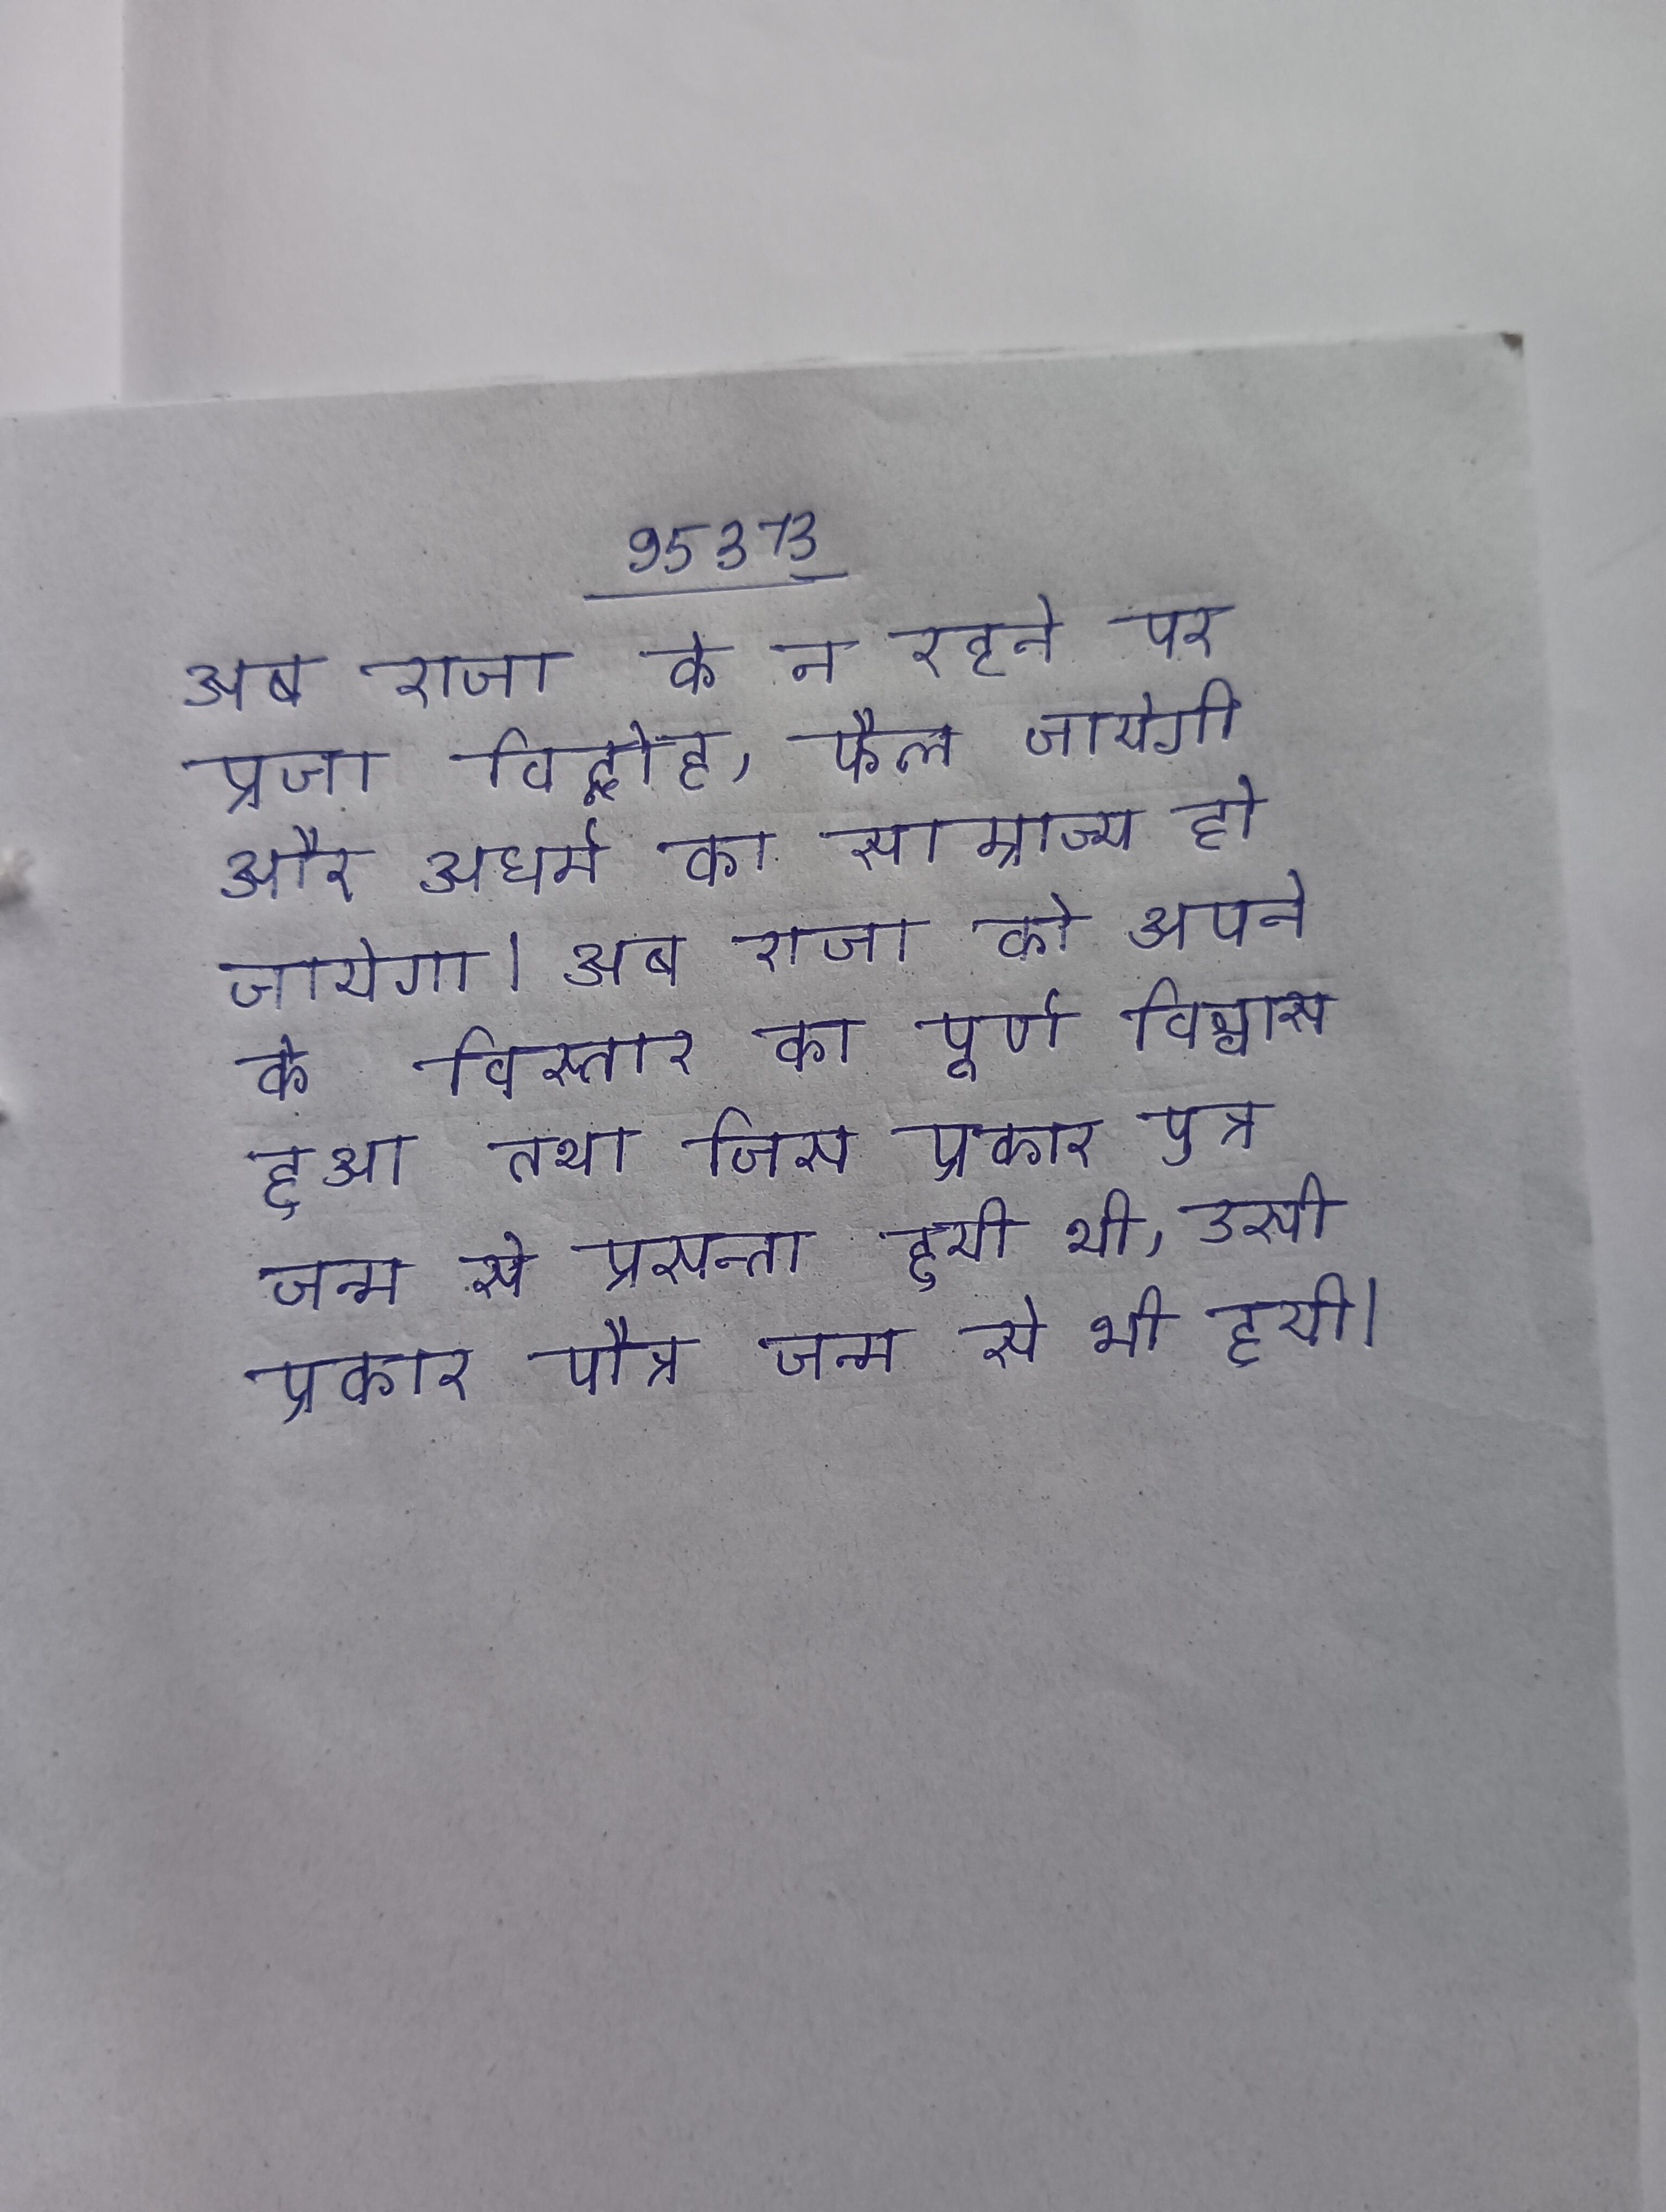
अब राजा के न रहने पर प्रजा विद्रोह, फैल जायेगी और अधर्म का साम्राज्य हो जायेगा । अब राजा को अपने के विस्तार का पूर्ण विश्वास हुआ तथा जिस प्रकार पुत्र जन्म से प्रसन्ता हुयी थी, उसी प्रकार पौत्र जन्म से भी हुयी ।